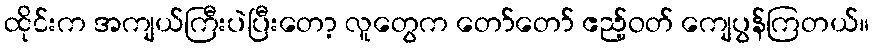
ထိုင်းက အကျယ်ကြီးပဲပြီးတော့ လူတွေက တော်တော် ဧည့်ဝတ် ကျေပွန်ကြတယ်။